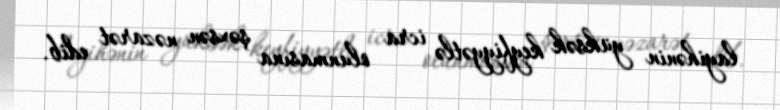
layihənin yüksək keyfiyyətlə icra olunmasına şəxsən nəzarət edib.